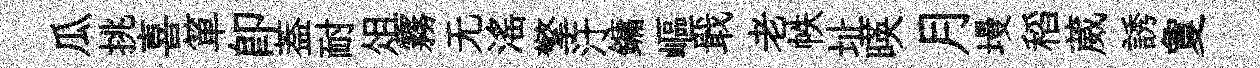
瓜挑喜箪卽葢耐俎霧无滛擎汙鏞嶇戢老帙址暎月墁稻葳誘夐